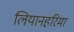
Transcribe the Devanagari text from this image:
लियानहरिमा